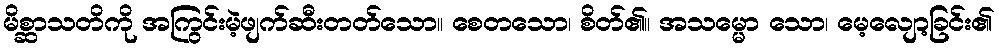
မိစ္ဆာသတိကို အကြွင်းမဲ့ဖျက်ဆီးတတ်သော။ စေတသော၊ စိတ်၏။ အသမ္မော သော၊ မေ့လျော့ခြင်း၏